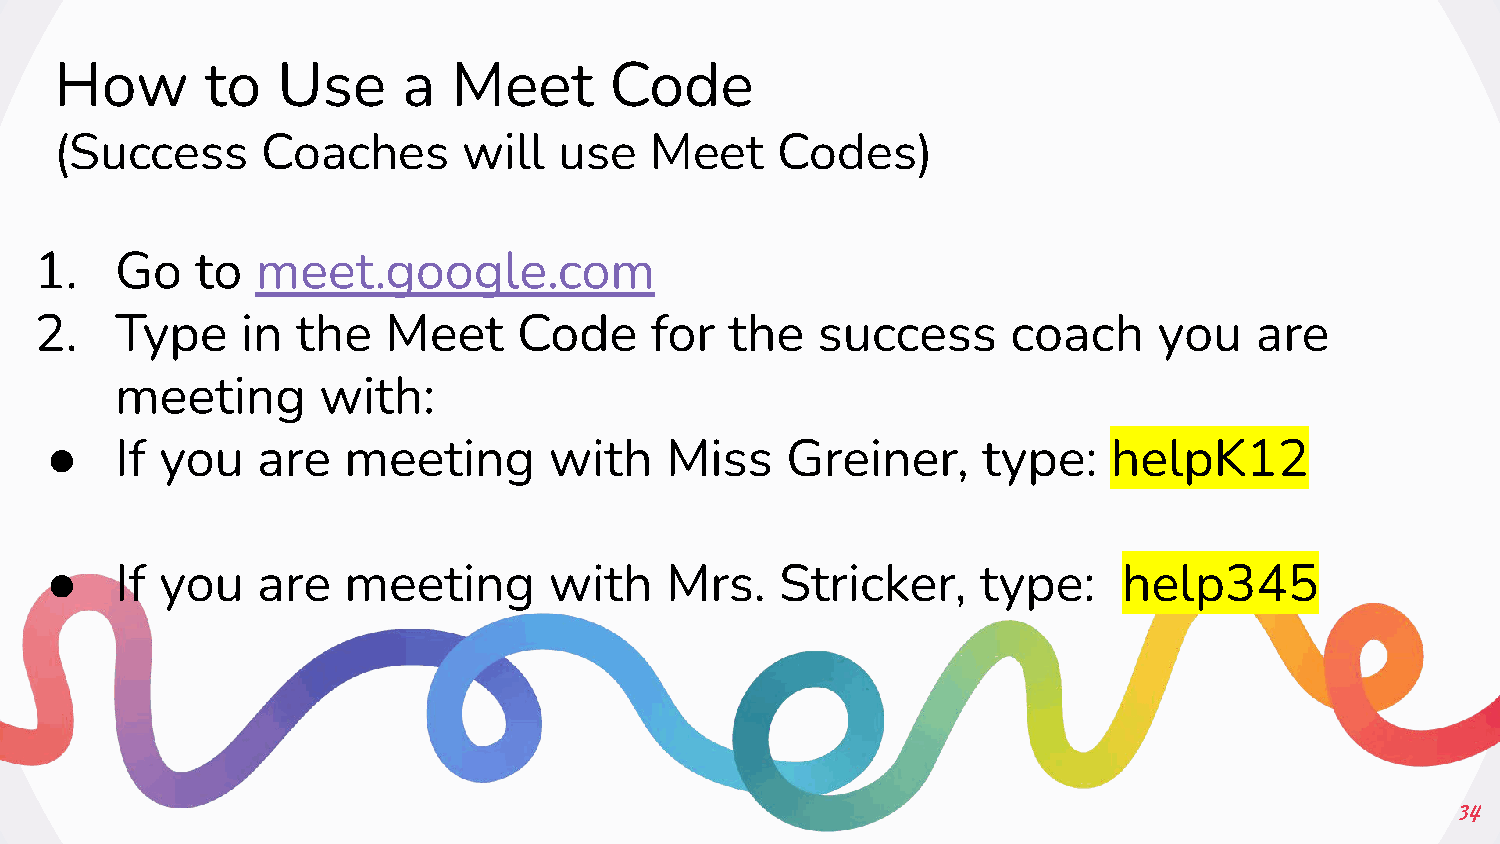
How       to  Use      a  Meet      Code
 (Success     Coaches       will  use   Meet    Codes)
 1.    Go   to  meet.google.com
 2.    Type    in  the   Meet    Code     for  the   success      coach     you   are
 meeting      with:
 ●
 If you   are   meeting      with    Miss    Greiner,     type:    helpK12
 ●
 If you   are   meeting      with    Mrs.    Stricker,    type:    help345
 34